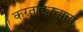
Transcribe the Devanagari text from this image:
करताकरताना